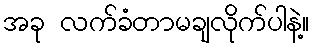
အခု လက်ခံတာမချလိုက်ပါနဲ့။